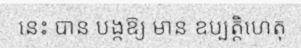
នេះ បាន បង្កឱ្យ មាន ឧប្បត្តិហេតុ